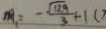
m _ { 1 } = - \frac { \sqrt { 1 2 9 } } { 3 } + 1 (